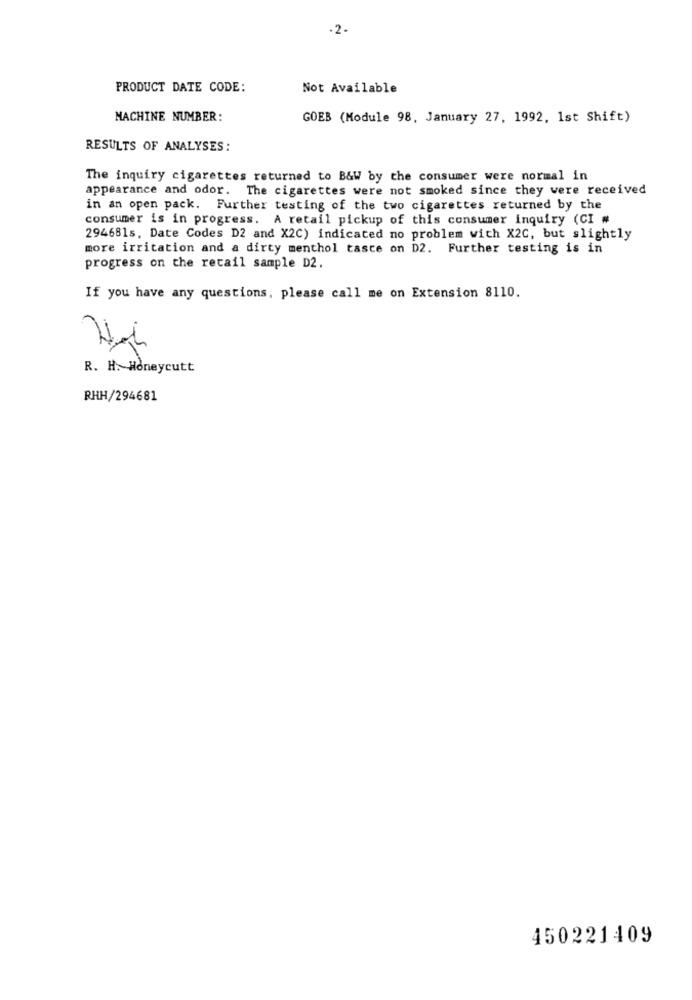
.2-
PRODUCT DATE CODE:
Not Available
MACHINE NUMBER:
GOEB (Module 98, January 27, 1992, 1st Shift)
RESULTS OF ANALYSES:
The inquiry cigarettes returned to B&W by the consumer were normal in
appearance and odor. The cigarettes were not smoked since they were received
in an open pack. Further testing of the two cigarettes returned by the
consumer is in progress. A retail pickup of this consumer inquiry (CI #
294681s, Date Codes D2 and X2C) indicated no problem with X2C, but slightly
more irritation and a dirty menthol tasce on D2. Further testing is in
progress on the retail sample D2.
If you have any questions, please call me on Extension 8110.
R. H. Honeycutt
RHH/294681
450221409